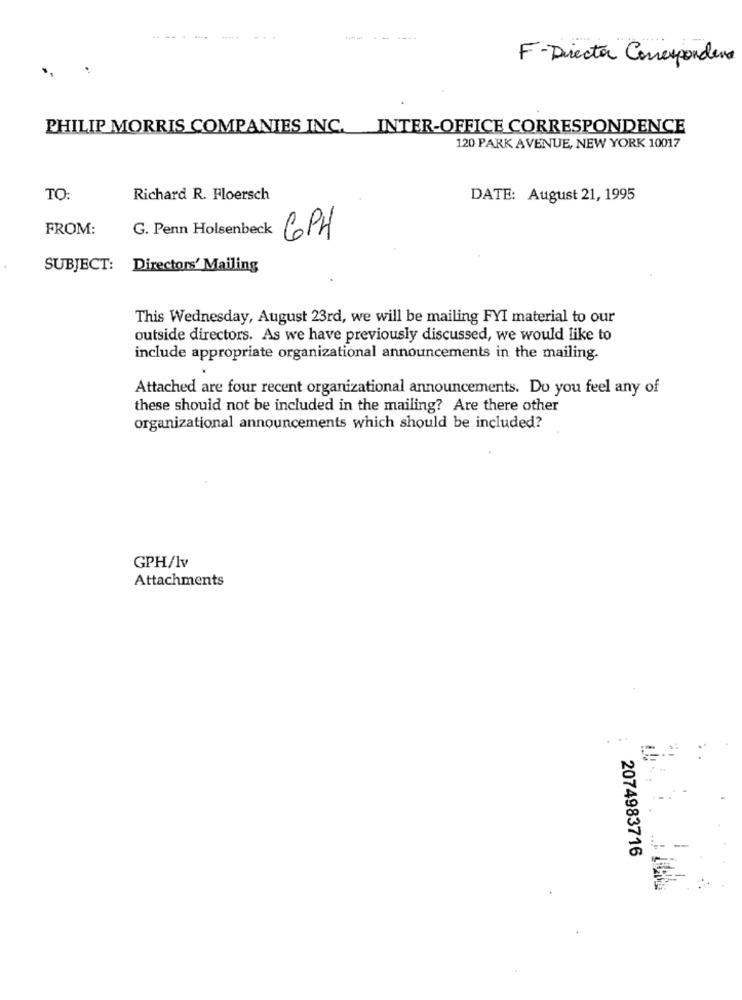
F- Director Correspondena
PHILIP MORRIS COMPANIES INC. INTER-OFFICE CORRESPONDENCE
120 PARK AVENUE, NEW YORK 10017
TO:
Richard R. Floersch
DATE: August 21, 1995
FROM:
G. Penn Holsenbeck
6PH
SUBJECT: Directors' Mailing
This Wednesday, August 23rd, we will be mailing FYI material to our
outside directors. As we have previously discussed, we would like to
include appropriate organizational announcements in the mailing.
Attached are four recent organizational announcements. Do you feel any of
these should not be included in the mailing? Are there other
organizational announcements which should be included?
GPH/lv
Attachments
2074983716